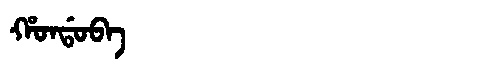
Manchu: ᡥᠣᠨᡩᠣᠪᠠ
Romanization: HONDOBA